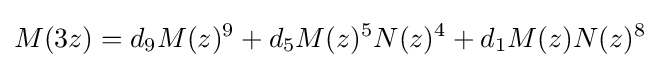
M(3z)=d_{9}M(z)^{9}+d_{5}M(z)^{5}N(z)^{4}+d_{1}M(z)N(z)^{8}